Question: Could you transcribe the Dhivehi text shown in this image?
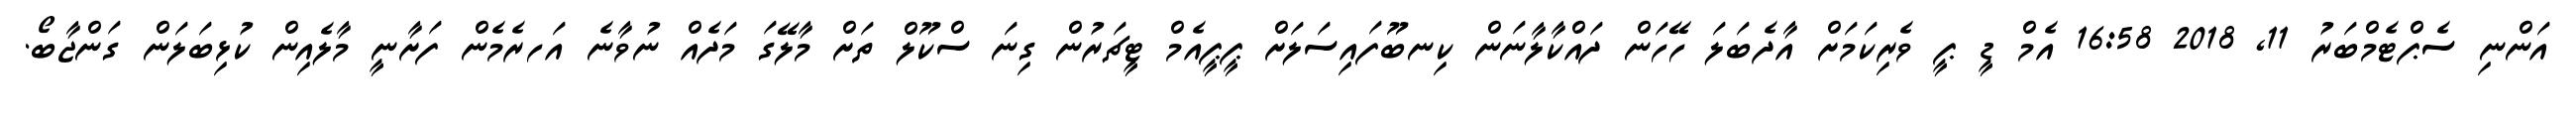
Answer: އަންނި ސެޕްޓެމްބަރު 11, 2018 16:58 އެމް ޑީ ޕީ ވެރިކަމަށް އާދެބަލަ ހޭހަން ދައްކާލާނަން ކިނބޫފައިސަލަށް ޕީޕީއެމް ޓީޗަރުން ގިނަ ސްކޫލް ތަށް މާލޭގަ މަދެއް ނުވާނެ އަހރެމެން ފަށާނީ މާލެއިން ކުޅިބަލަން ގަންޖާބޯ.